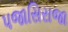
પજાસિરાજા